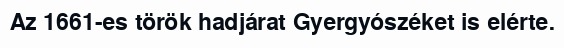
Az 1661-es török hadjárat Gyergyószéket is elérte.